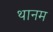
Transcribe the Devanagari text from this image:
थानम